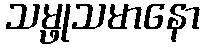
သမ္ဖုသမာနော